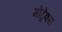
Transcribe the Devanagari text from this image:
मोंट्रेक्स